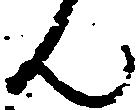
ん